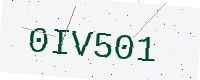
Text: 0IV501